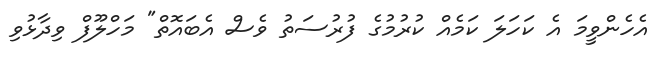
އެހެންވީމަ އެ ކަހަލަ ކަމެއް ކުރުމުގެ ފުރުސަތު ވެސް އެބައޮތް" މަހްލޫފް ވިދާޅުވި